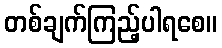
တစ်ချက်ကြည့်ပါရစေ။